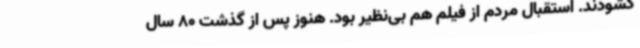
گشودند. استقبال مردم از فیلم هم بی‌نظیر بود. هنوز پس از گذشت 80 سال